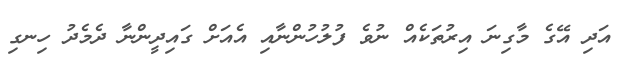
އަދި އޭގެ މާގިނަ އިރުތަކެއް ނުވެ ފުލުހުންނާއި އެއަށް ގައިދީންނާ ދެމެދު ހިނގި